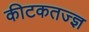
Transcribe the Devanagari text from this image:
कीटकतज्ज्ञ